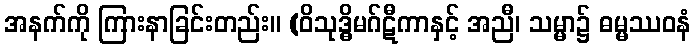
အနက်ကို ကြားနာခြင်းတည်း။ (ဝိသုဒ္ဓိမဂ်ဋီကာနှင့် အညီ၊ သမ္မာ၌ ဓမ္မဿဝနံ